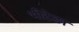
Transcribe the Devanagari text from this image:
भीटेङा